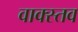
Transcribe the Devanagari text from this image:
वाक्स्तव